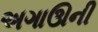
અગાઊની